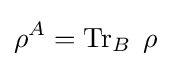
\rho ^{A}=\operatorname {Tr} _{B}\;\rho